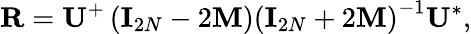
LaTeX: {\mathbf R}={\mathbf U}^{+}\left({\mathbf I}_{2N}-2{\mathbf M}\right)\left({\mathbf I}_{2N}+2{\mathbf M}\right)^{-1}{\mathbf U}^{*},